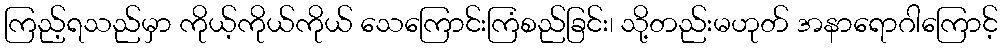
ကြည့်ရသည်မှာ ကိုယ့်ကိုယ်ကိုယ် သေကြောင်းကြံစည်ခြင်း၊ သို့တည်းမဟုတ် အနာရောဂါကြောင့်